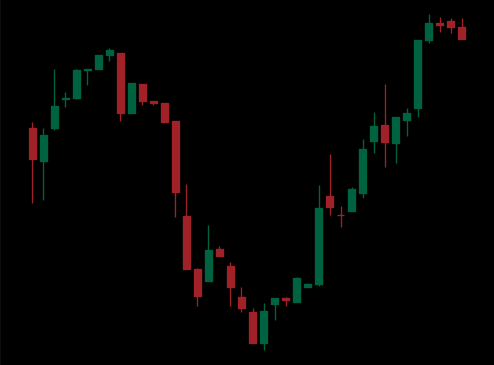
Pattern: unclassified